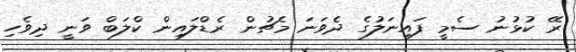
ރޭ ކުޅުނު ސެމީ ފައިނަލުގެ ދެވަނަ މެޗުން ރެޑްލައިން ކްލަބް ވަނީ ދިވެހި